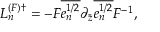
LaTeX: { \cal L } _ { n } ^ { ( F ) \dagger } = - F \overline { { { e _ { n } ^ { 1 / 2 } } } } \partial _ { \bar { z } } \overline { { { e _ { n } ^ { 1 / 2 } } } } F ^ { - 1 } ,